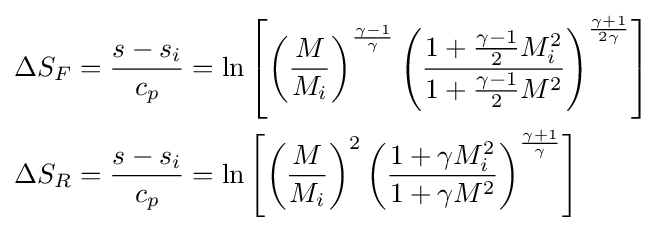
{\begin{aligned}\Delta S_{F}&={\frac {s-s_{i}}{c_{p}}}=\ln \left[\left({\frac {M}{M_{i}}}\right)^{\frac {\gamma -1}{\gamma }}\left({\frac {1+{\frac {\gamma -1}{2}}M_{i}^{2}}{1+{\frac {\gamma -1}{2}}M^{2}}}\right)^{\frac {\gamma +1}{2\gamma }}\right]\\\Delta S_{R}&={\frac {s-s_{i}}{c_{p}}}=\ln \left[\left({\frac {M}{M_{i}}}\right)^{2}\left({\frac {1+\gamma M_{i}^{2}}{1+\gamma M^{2}}}\right)^{\frac {\gamma +1}{\gamma }}\right]\end{aligned}}